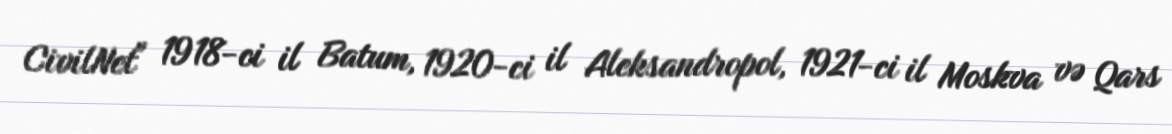
CivilNet" 1918-ci il Batum, 1920-ci il Aleksandropol, 1921-ci il Moskva və Qars